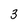
Character: 3